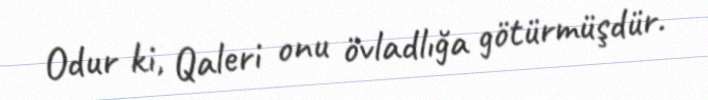
Odur ki, Qaleri onu övladlığa götürmüşdür.